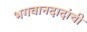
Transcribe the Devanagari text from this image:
भगवानदादांची